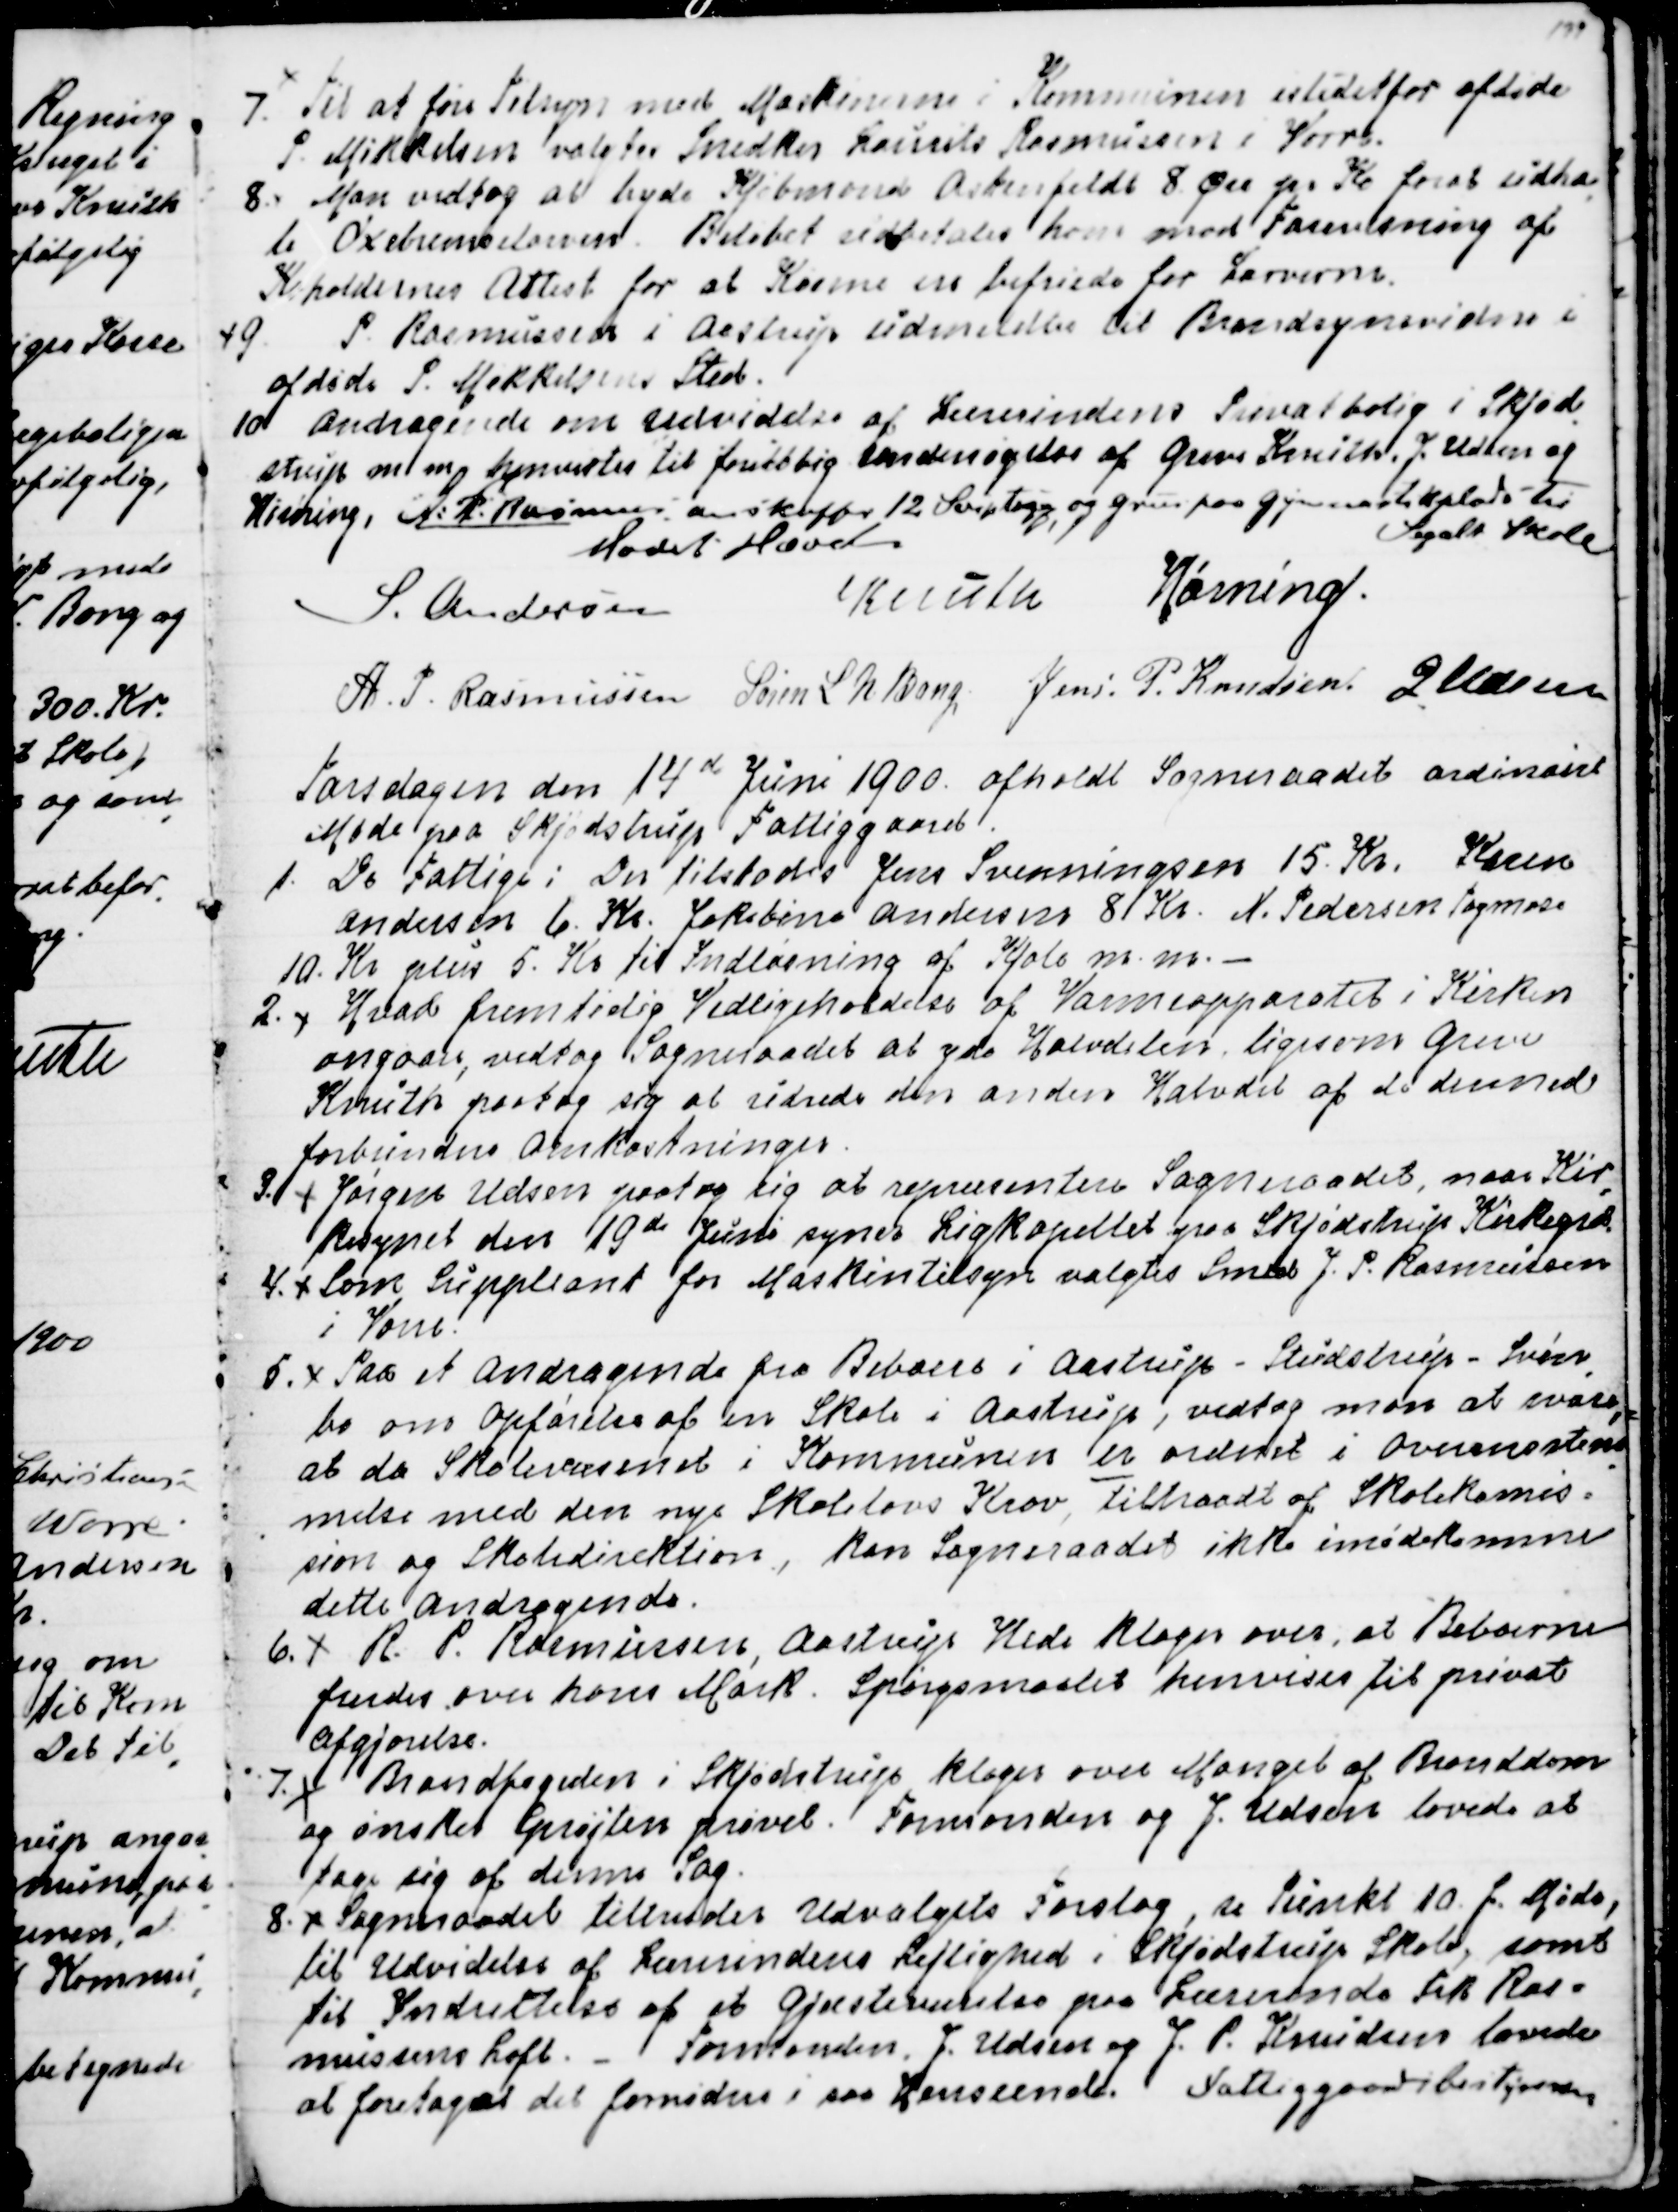
Transskription:
7. Til at føre Tilsyn med Maskinerne i Kommunen istedetfor afdøde
P. Mikkelsen valgtes Snedker Laurits Rasmussen i Vorre.
8. Man vedtog at byde Kjøbmand Ostenfeldt 8 Øre pr Ko for at udha
=
le Oxebremselarven. Beløbet udbetales ham mod Forevisning af
Koholdernes Attest for at Køerne ere befriede for Larverne.
9. P. Rasmussen i Aastrup udmeldtes til Brandsynsvidne i
afdøde P. Mikkelsens Sted.
10 Andragende om Udvidelse af Lærerindens Privatbolig i Skjød
=
strup m. m. henvistes til foreløbig Undersøgelse af Greve Knuth, J. Udsen og
Hørning. A. P. Rasmussen anskaffer 12 Sviptoge, og Grus paa Gymnastikpladsen til
Segalt Skole 
Mødet Hævet
S Andersen
Knuth
Hørning.
A. P. Rasmussen
Søren L N Bang,
Jens P. Knudsen
J Udsen

Torsdagen den 14de Juni 1900 afholdt Sogneraadet ordinairt
Møde paa Skjødstrup Fattiggaard.
1. De Fattige: Der tilstodes Jens Svenningsen 15. Kr. Karen
Andersen 6. Kr. Jakobine Andersen 8. Kr. N. Pedersen Tagmose
10. Kr. plus 5. Kr til Indløsning af Kjole m.m. 
2. Hvad fremtidig Vedligeholdelse af Varmeapparatet i Kirken
angaar, vedtog Sogneraadet at yde Halvdelen ligesom Greve
Knuth paatog sig at udrede den anden Halvdel af de dermed
forbundne Omkostninger.
3. Jørgen Udsen paatog sig at repræsentere Sogneraadet, naar Kir
=
kesynet den 19de Juni syner Ligkapellet paa Skjødstrup Kirkegaard.
4. Som Suppleant for Maskintilsyn valgtes Smed J. P. Rasmussen
i Vorre.
5. Paa et Andragende fra Beboere i Aastrup - Studstrup - Svin
=
bo om Opførelse af en Skole i Aastrup, vedtog man at svare,
at da Skolevæsenet i Kommunen er ordnet i Overensstem
=
melse med den nye Skolelovs Krav, tiltraadt af Skolekomis=
sion og Skoledirektion, kan Sogneraadet ikke imødekomme
dette Andragende.
6. R. P. Rasmussen, Aastrup Hede klager over, at Beboerne
færdes over hans Mark. Spørgsmaalet henvises til privat
Afgjørelse.
7. Brandfogeden i Skjødstrup klager over Mangel af Branddam
og ønsker Sprøjten prøvet. Formanden og J. Udsen lovede at
tage sig af denne Sag.
8. Sogneraadet tiltræder Udvalgets Forslag, se Punkt 10 f. Møde,
til Udvidelse af Lærerindens Lejlighed i Skjødstrup Skole, samt
til Indrettelse af et Gjæsteværelse paa Lærerinde Frk Ras=
mussens Loft. - Formanden, J. Udsen og J. P. Knudsen lovede
at foretage det fornødne i saa Henseende. Fattiggaardsbestyreren